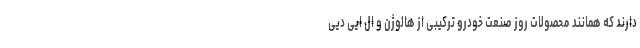
دارند که همانند محصولات روز صنعت خودرو ترکیبی از هالوژن و ال ایی دیی